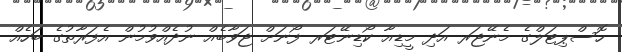
ހޮސްޕިޓަލްގެ މެނޭޖަރ އަދި މީޑިއާ ކޯޑިނޭޓަރ ފޯނަށް ޖަވާބެއް ނުދެއްވުމުން އެފަރާތުގެ ބަހެއް